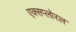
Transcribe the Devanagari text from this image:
एक्सप्लोरल